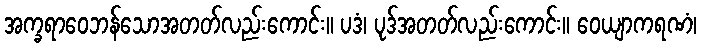
အက္ခရာဝေဘန်သောအတတ်လည်းကောင်း။ ပဒံ၊ ပုဒ်အတတ်လည်းကောင်း။ ဝေယျာကရဏံ၊